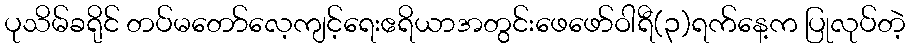
ပုသိမ်ခရိုင် တပ်မတော်လေ့ကျင့်ရေးဧရိယာအတွင်းဖေဖော်ဝါရီ(၃)ရက်နေ့က ပြုလုပ်တဲ့